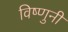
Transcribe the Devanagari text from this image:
विष्णुनी